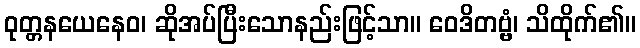
ဝုတ္တနယေနေဝ၊ ဆိုအပ်ပြီးသောနည်းဖြင့်သာ။ ဝေဒိတဗ္ဗံ၊ သိထိုက်၏။